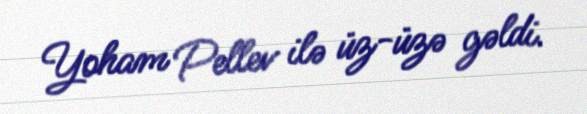
Yoham Pellev ilə üz-üzə gəldi.